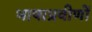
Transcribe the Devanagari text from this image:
भाषाप्रवीणों